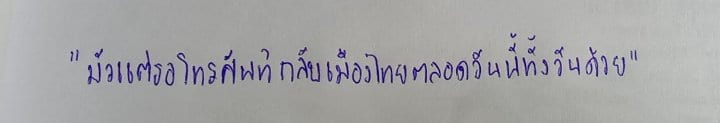
"มัวแต่รอโทรศัพท์กลับเมืองไทยตลอดวันนี้ทั้งวันด้วย"